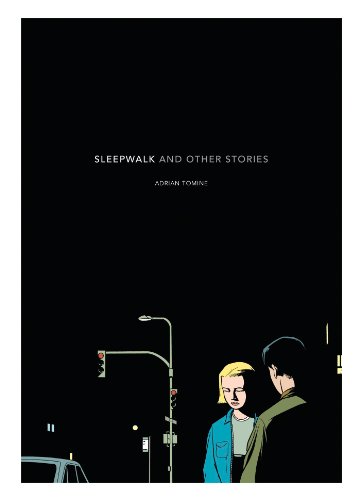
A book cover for Sleepwalk: and Other Stories; Adrian Tomine; Comics & Graphic Novels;